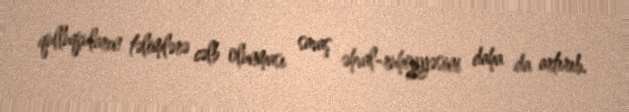
qulluqçuların təlimlərə cəlb olunması savaş əhval-ruhiyyəsini daha da artırıb.